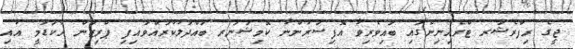
ޖީގެ ރިފްރެޝަރ ޓްރެއިނިންގައި ބައިވެރިވާ އޮފިސަރުންނާ ކޮމިޝަނަރ ބައްދަލުކުރައްވައިފި ޕްރިޒަން އެކަޑަމީ އާއި